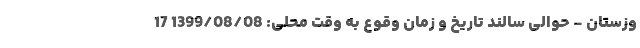
وزستان - حوالی سالند تاریخ و زمان وقوع به وقت محلی: 1399/08/08 17